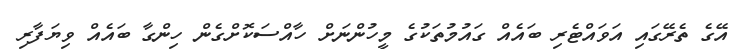
އޭގެ ތެރޭގައި އަވައްޓެރި ބައެއް ގައުމުތަކުގެ މީހުންނަށް ހާއްސަކޮށްގެން ހިންގާ ބައެއް ވިޔަފާރި